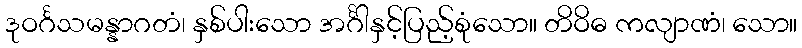
ဒုဝင်္ဂသမန္နာဂတံ၊ နှစ်ပါးသော အင်္ဂါနှင့်ပြည့်စုံသော။ တိဝိဓ ကလျာဏံ၊ သော။